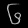
Digit: ၆